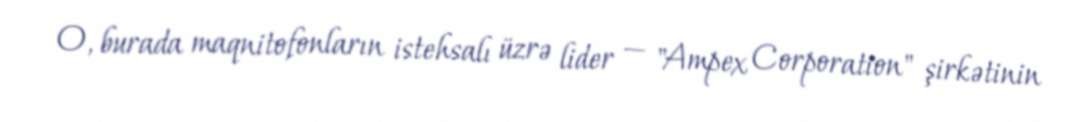
O, burada maqnitofonların istehsalı üzrə lider — "Ampex Corporation" şirkətinin